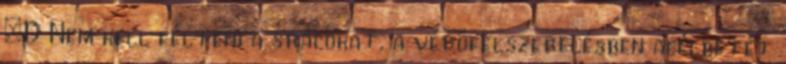
;D Nem kell félteni a srácokat, a védőfelszerelésben acélbetét